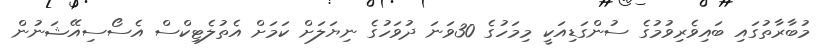
މުބާރާތުގައިި ބައިވެރިވުމުގެ ސުންގަޑިއަކީ މިިމަހުގެ 30ވަނަ ދުވަހުގެ ނިޔަލަށް ކަމަށް އެތުލެޓިކްސް އެސޯސިއޭޝަނުން